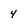
Character: 4